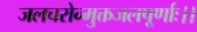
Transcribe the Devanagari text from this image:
जलचरोन्मुक्तजलपूर्णाः।।